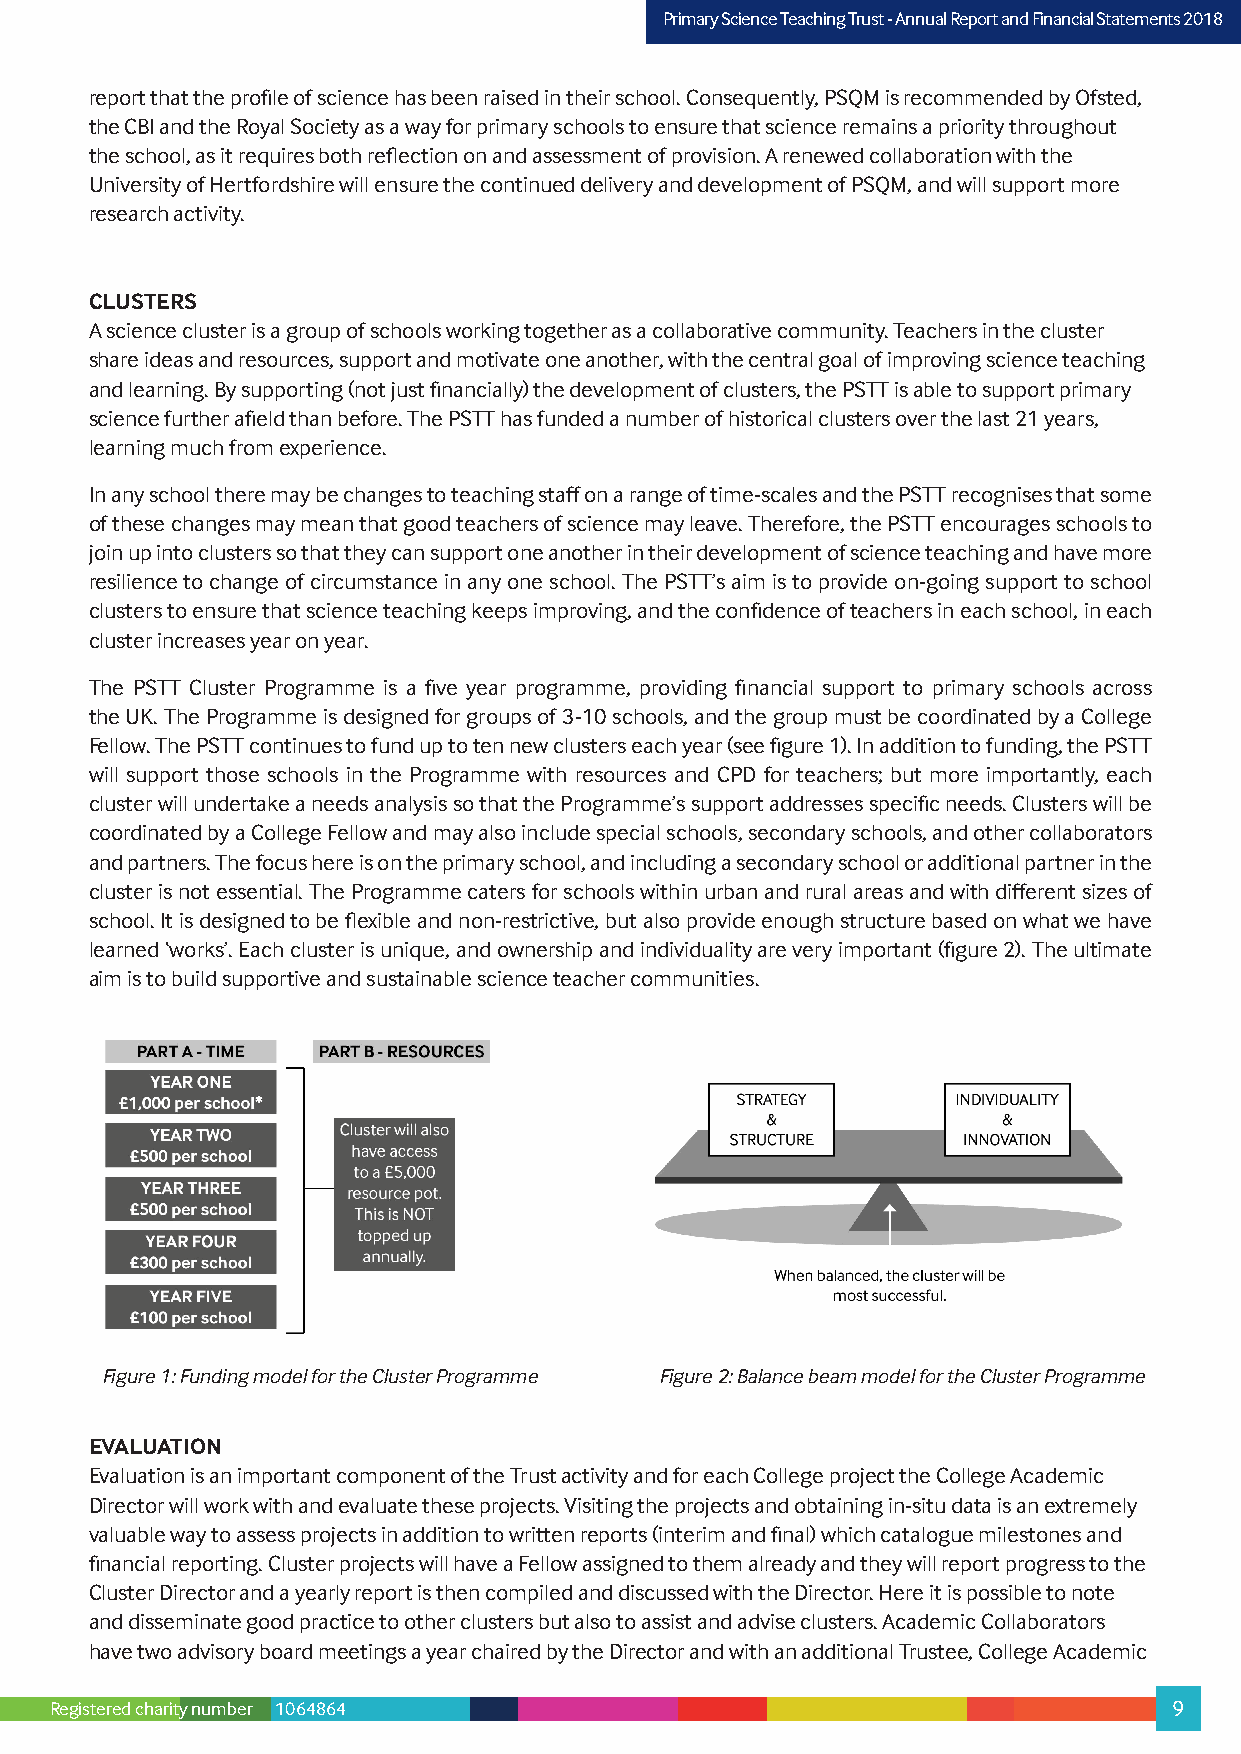
PPrriimmaarryy SScciieennccee TTeeaacchhiinngg TTrruusstt –- AAnnnnuuaall RReeppoorrtt aanndd FFiinnaanncciiaall SSttaatteemmeennttss 22001178
 report that the profile of science has been raised in their school. Consequently, PSQM is recommended by Ofsted,
 the CBI and the Royal Society as a way for primary schools to ensure that science remains a priority throughout
 the school, as it requires both reflection on and assessment of provision. A renewed collaboration with the
 University of Hertfordshire will ensure the continued delivery and development of PSQM, and will support more
 research activity.
 CLUSTERS
 A science cluster is a group of schools working together as a collaborative community. Teachers in the cluster
 share ideas and resources, support and motivate one another, with the central goal of improving science teaching
 and learning. By supporting (not just financially) the development of clusters, the PSTT is able to support primary
 science further afield than before. The PSTT has funded a number of historical clusters over the last 21 years,
 learning much from experience.
 In any school there may be changes to teaching staff on a range of time-scales and the PSTT recognises that some
 of these changes may mean that good teachers of science may leave. Therefore, the PSTT encourages schools to
 join up into clusters so that they can support one another in their development of science teaching and have more
 resilience to change of circumstance in any one school. The PSTT’s aim is to provide on-going support to school
 clusters to ensure that science teaching keeps improving, and the confidence of teachers in each school, in each
 cluster increases year on year.
 The PSTT Cluster Programme is a five year programme, providing financial support to primary schools across
 the UK. The Programme is designed for groups of 3-10 schools, and the group must be coordinated by a College
 Fellow. The PSTT continues to fund up to ten new clusters each year (see figure 1). In addition to funding, the PSTT
 will support those schools in the Programme with resources and CPD for teachers; but more importantly, each
 cluster will undertake a needs analysis so that the Programme’s support addresses specific needs. Clusters will be
 coordinated by a College Fellow and may also include special schools, secondary schools, and other collaborators
 and partners. The focus here is on the primary school, and including a secondary school or additional partner in the
 cluster is not essential. The Programme caters for schools within urban and rural areas and with different sizes of
 school. It is designed to be flexible and non-restrictive, but also provide enough structure based on what we have
 learned ‘works’. Each cluster is unique, and ownership and individuality are very important (figure 2). The ultimate
 aim is to build supportive and sustainable science teacher communities.
 Figure 1: Funding model for the Cluster Programme Figure 2: Balance beam model for the Cluster Programme
 EVALUATION
 Evaluation is an important component of the Trust activity and for each College project the College Academic
 Director will work with and evaluate these projects. Visiting the projects and obtaining in-situ data is an extremely
 valuable way to assess projects in addition to written reports (interim and final) which catalogue milestones and
 financial reporting. Cluster projects will have a Fellow assigned to them already and they will report progress to the
 Cluster Director and a yearly report is then compiled and discussed with the Director. Here it is possible to note
 and disseminate good practice to other clusters but also to assist and advise clusters. Academic Collaborators
 have two advisory board meetings a year chaired by the Director and with an additional Trustee, College Academic
 Registered charity number 1064864                                          9